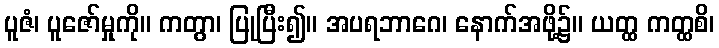
ပူဇံ၊ ပူဇော်မှုကို။ ကတွာ၊ ပြုပြီး၍။ အပရဘာဂေ၊ နောက်အဖို့၌။ ယတ္ထ ကတ္ထစိ၊